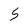
Character: 5